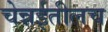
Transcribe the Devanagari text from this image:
चेन्नईतीलच